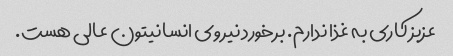
عزبز کاری به غذا ندارم. برخورد نیروی انسانیتون عالی هست.